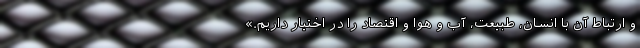
و ارتباط آن با انسان، طبیعت، آب و هوا و اقتصاد را در اختیار داریم.»